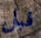
فبل